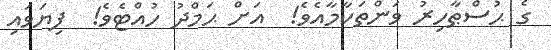
ގެ ޙުސްޠާހިރު ވަންތަކާމާއެވެ!  އަށް ޙަމްދު ހުއްޓެވެ!  ފިޔަވައި